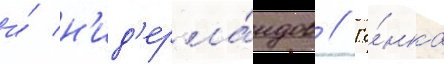
и́ н'ид'ерла́ндов // Го́нка